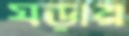
ঘড়ায়